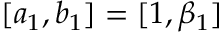
[ a _ { 1 } , b _ { 1 } ] = [ 1 , \beta _ { 1 } ]